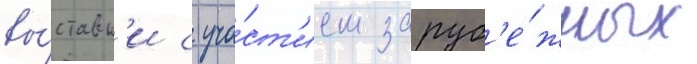
вы́ставк'и с уча́ст'ием заруб'е́жных